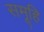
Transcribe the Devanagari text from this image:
समूहि